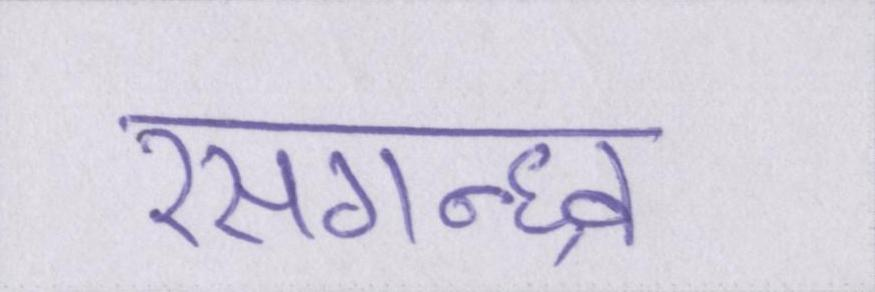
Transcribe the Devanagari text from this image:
रसगन्ध्र्व